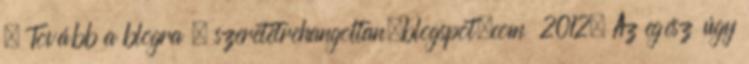
. Tovább a blogra . szeretetrehangoltan.blogspot.com 2012. Az egész úgy